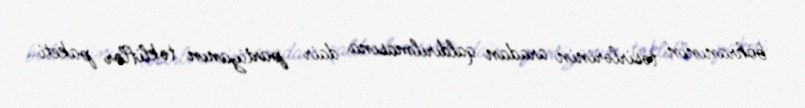
böhranının təsirlərinin aradan qaldırılmasına dair partiyanın təkliflər paketi